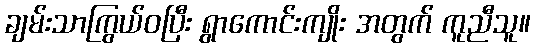
ချမ်းသာကြွယ်ဝပြီး ရွာကောင်းကျိုး အတွက် ကူညီသူ။